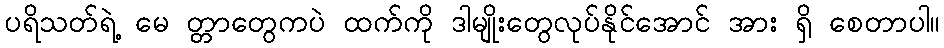
ပရိသတ်ရဲ့ မေ တ္တာတွေကပဲ ထက်ကို ဒါမျိုးတွေလုပ်နိုင်အောင် အား ရှိ စေတာပါ။